Annual administration report of the Civil Veterinary Department of India - 1898-1899
Year: 1898
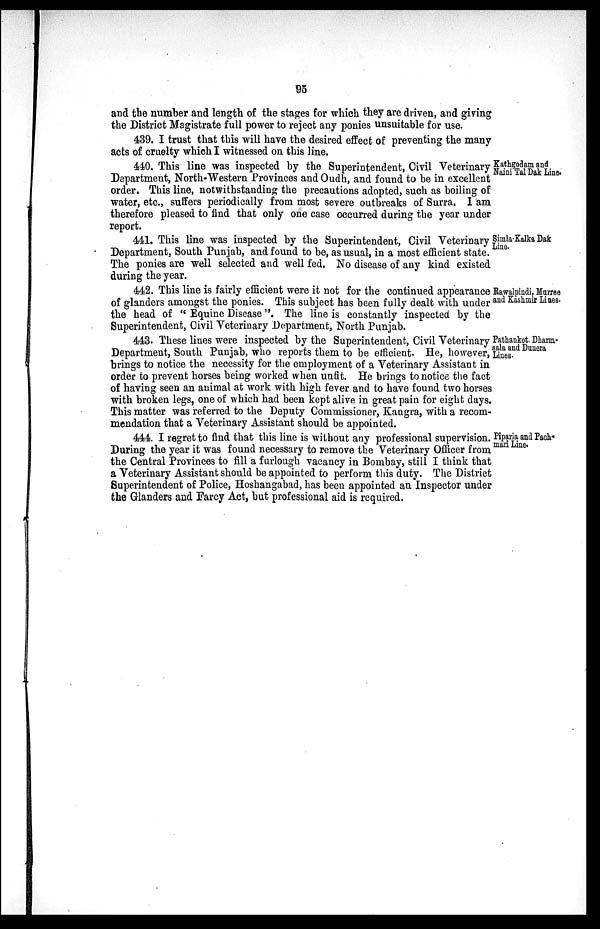
95
and the number and length of the stages for which they are driven, and giving
the District Magistrate full power to reject any ponies unsuitable for use.
439. I trust that this will have the desired effect of preventing the many
acts of cruelty which I witnessed on this line.
Kathgodam and
Naini Tal Dak Line.
440. This line was inspected by the Superintendent, Civil Veterinary
Department, North-Western Provinces and Oudh, and found to be in excellent
order. This line, notwithstanding the precautions adopted, such as boiling of
water, etc., suffers periodically from most severe outbreaks of Surra. I am
therefore pleased to find that only one case occurred during the year under
report.
Simla-Kalka Dak
Line.
441. This line was inspected by the Superintendent, Civil Veterinary
Department, South Punjab, and found to be, as usual, in a most efficient state.
The ponies are well selected and well fed. No disease of any kind existed
during the year.
Rawalpindi, Murree
and Kashmir Lines.
442. This line is fairly efficient were it not for the continued appearance
of glanders amongst the ponies. This subject has been fully dealt with under
the head of "Equine Disease". The line is constantly inspected by the
Superintendent, Civil Veterinary Department, North Punjab.
Pathankot. Dharm-
sala and Dunera
Lines.
443. These lines were inspected by the Superintendent, Civil Veterinary
Department, South Punjab, who reports them to be efficient. He, however,
brings to notice the necessity for the employment of a Veterinary Assistant in
order to prevent horses being worked when unfit. He brings to notice the fact
of having seen an animal at work with high fever and to have found two horses
with broken legs, one of which had been kept alive in great pain for eight days.
This matter was referred to the Deputy Commissioner, Kangra, with a recom-
mendation that a Veterinary Assistant should be appointed.
Piparia and Pach-
mari Line.
444. I regret to find that this line is without any professional supervision.
During the year it was found necessary to remove the Veterinary Officer from
the Central Provinces to fill a furlough vacancy in Bombay, still I think that
a Veterinary Assistant should be appointed to perform this duty. The District
Superintendent of Police, Hoshangabad, has been appointed an Inspector under
the Glanders and Farcy Act, but professional aid is required.